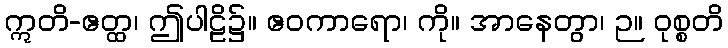
ဣတိ-ဧတ္ထ၊ ဤပါဠိ၌။ ဧဝကာရော၊ ကို။ အာနေတွာ၊ ဉ။ ဝုစ္စတိ